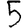
Digit: 5